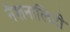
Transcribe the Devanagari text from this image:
नॅशनालिटी